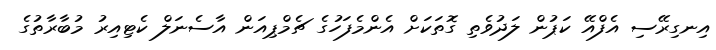
އިނގިރޭސި އެފްއޭ ކަޕުން ލަދުވެތި ގޮތަކަށް އެންމެފަހުގެ ޗެމްޕިއަން އާސެނަލް ކެޓިއިރު މުބާރާތުގެ